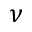
\boldsymbol { \nu }